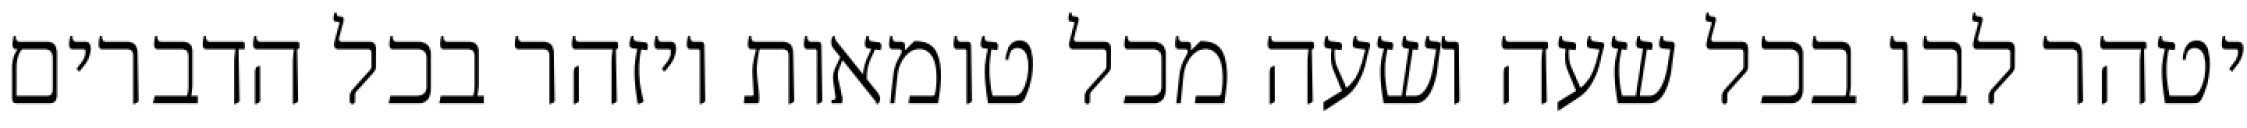
יטהר לבו בכל שעה ושעה מכל טומאות ויזהר בכל הדברים